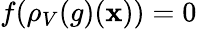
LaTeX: f(\rho_{V}(g)(\mathbf{x}))=0